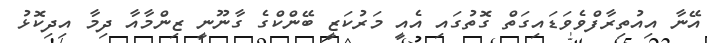
އޭނާ އިއުތިރާފްވެވަޑައިގަތް ގޮތުގައި އެއީ މަރުކަޒީ ބޭންކްގެ ގާނޫނީ ޒިންމާއާ ދިމާ އިދިކޮޅު